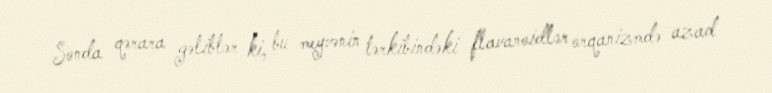
Sonda qərara gəliblər ki, bu meyvənin tərkibindəki flavanoidlər orqanizmdə azad